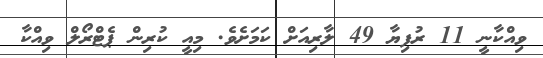
ވިއްކާނީ 11 ރުފިޔާ 49 ލާރިއަށް ކަމަށެވެ. މިއީ ކުރިން ޕެޓްރޯލް ވިއްކާ